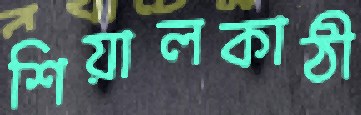
শিয়ালকাঠী